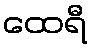
ထေရီ